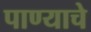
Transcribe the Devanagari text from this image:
पाण्‍याचे